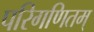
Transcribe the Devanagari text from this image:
परिगणितम्